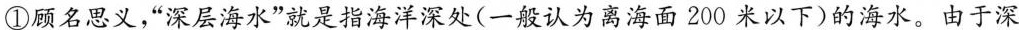
①顾名思义，”深层海水”就是指海洋深处(一般认为离海面200米以下)的海水。由于深